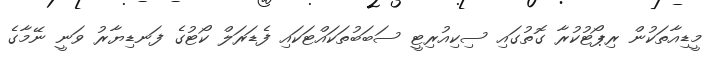
މީޑިއާތަކުން ރިޕޯޓުކުރާ ގޮތުގައި ސިކިއުރިޓީ ސަބަބުތަކައްޓަކައި ފެޑަރަލް ކޯޓުގެ ފަނޑިޔާރު ވަނީ ނޭމާގެ